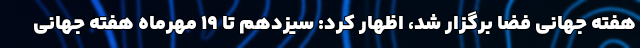
هفته جهانی فضا برگزار شد، اظهار کرد: سیزدهم تا ۱۹ مهرماه هفته جهانی